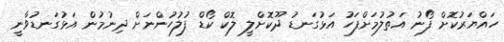
ހައްޔަރުކޮށް ފޯނު އަތުލުމަށްފަހު އަޅުގަނޑު ދޫކޮށްލީ ލޮކް ކޯޑް ފުލުހުންނަށް ދިނުމުން އަޅުގަނޑުވާނީ